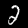
Label: 2